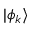
| \phi _ { k } \rangle